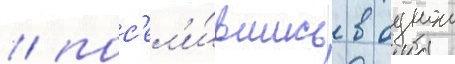
/ пос'ел'и́вшись в однои